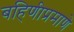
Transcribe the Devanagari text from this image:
बहिणीप्रमाणे